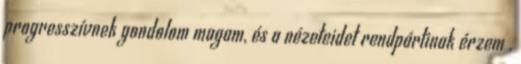
progresszívnek gondolom magam, és a nézeteidet rendpártinak érzem ,